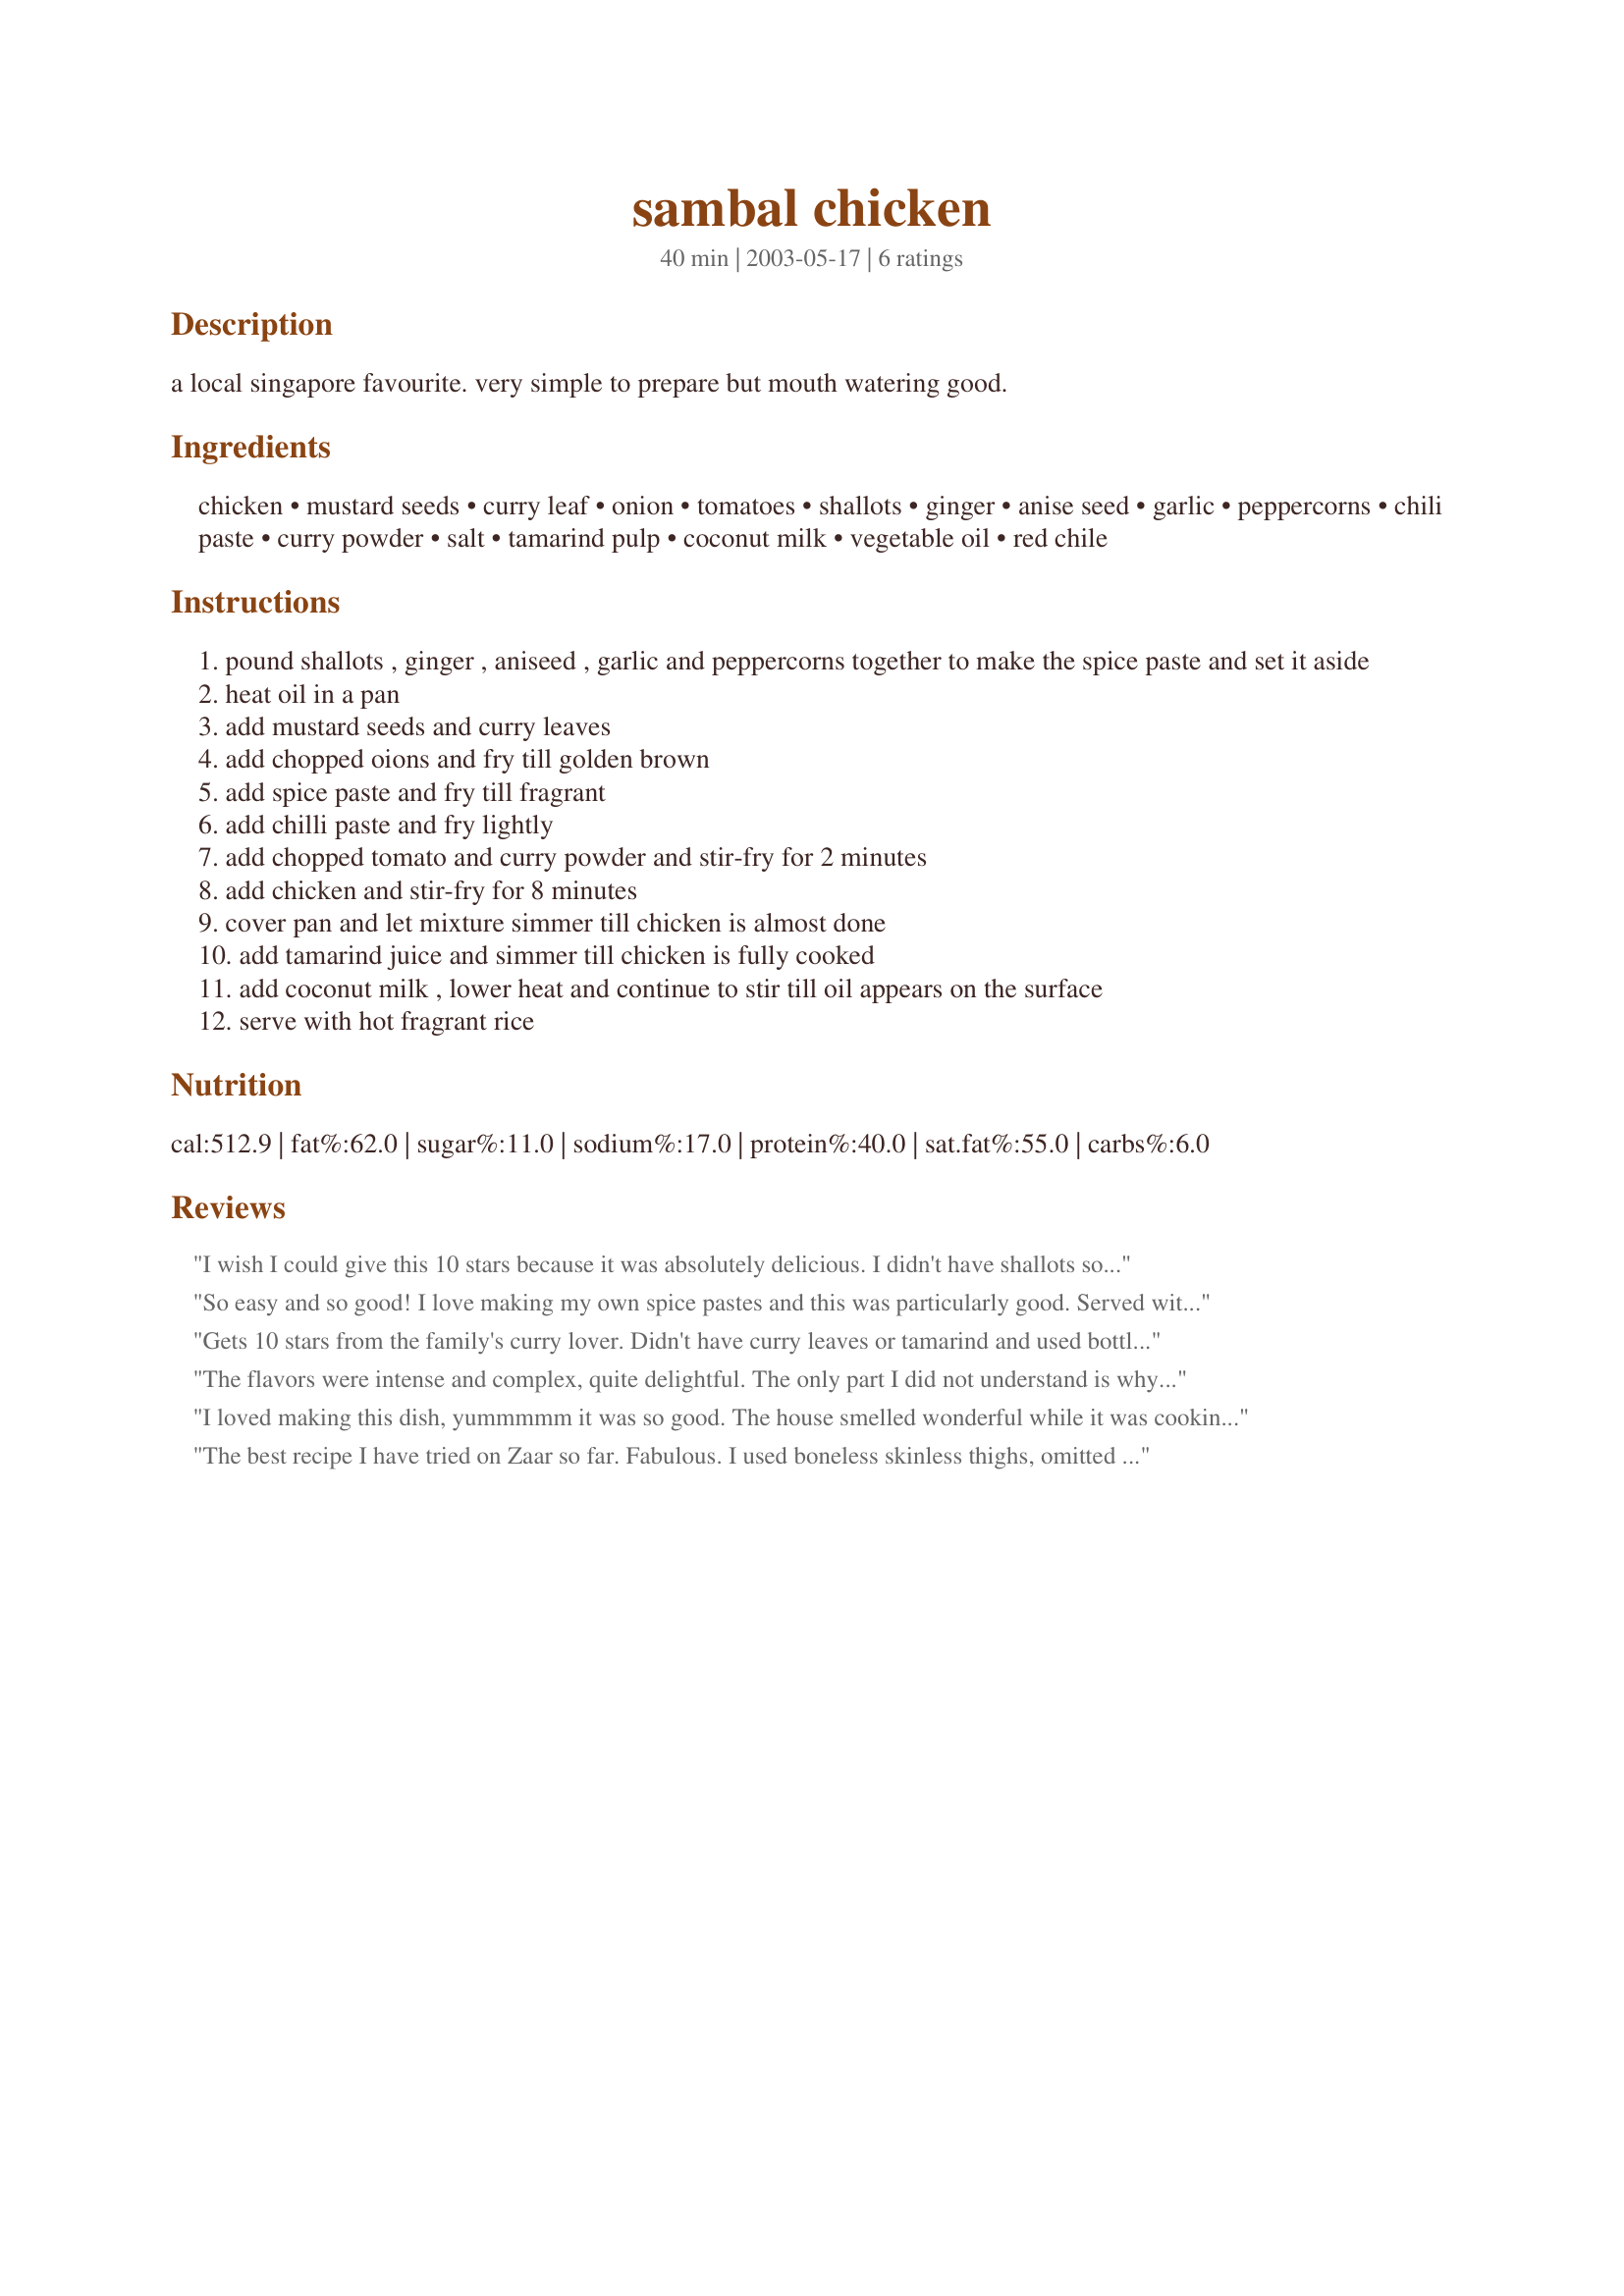
sambal chicken
Preparation time: 40 minutes

a local singapore favourite. very simple to prepare but mouth watering good.

Ingredients:
chicken, mustard seeds, curry leaf, onion, tomatoes, shallots, ginger, anise seed, garlic, peppercorns, chili paste, curry powder, salt, tamarind pulp, coconut milk, vegetable oil, red chile

Steps:
pound shallots , ginger , aniseed , garlic and peppercorns together to make the spice paste and set it aside
heat oil in a pan
add mustard seeds and curry leaves
add chopped oions and fry till golden brown
add spice paste and fry till fragrant
add chilli paste and fry lightly
add chopped tomato and curry powder and stir-fry for 2 minutes
add chicken and stir-fry for 8 minutes
cover pan and let mixture simmer till chicken is almost done
add tamarind juice and simmer till chicken is fully cooked
add coconut milk , lower heat and continue to stir till oil appears on the surface
serve with hot fragrant rice

Reviews:
I wish I could give this 10 stars because it was absolutely delicious. I didn't have shallots so had to leave them out of the spice paste but I don't think this affected the flavour too much. Also didn't use 12 garlic cloves as DH has to see patients tomorrow!!
So easy and so good! I love making my own spice pastes and this was particularly good. Served with roti and rice. The flavour really improved when we had leftovers - I'd highly recommend making a day in advance if you can! Thanks for posting your excellent recipe!
Gets 10 stars from the family's curry lover. Didn't have curry leaves or tamarind and used bottled chile paste. It all worked anyway. Made it with chicken breast and served it with jasmine rice. Thanks, KitchenManiac.
The flavors were intense and complex, quite delightful. The only part I did not understand is why it called for so much oil. I don't think it was necessary; perhaps that is an authentic preparation. My husband was not overly enthused, so if you have an unadventursome eater, you might not want to try this.
I loved making this dish, yummmmm it was so good. The house smelled wonderful while it was cooking. My 12 year old DS has decided that this is now his favourite curry - and he is such a curry-lover.I bought the tamarind and aniseed especially for the recipe as they were the only two ingredients I didn't already have. I'm glad I now have them on hand for the next time I make this.
I made the recipe exactly as written and will definitely make it often. I served it with hot jasmine rice and pappadams. Thanks KitchenManiac.
The best recipe I have tried on Zaar so far. Fabulous.
I used boneless skinless thighs, omitted the curry leaves (couldn't find them), and used 2TBL Sambal Oeleck for the 1 TBL chile paste.
It looks a bit more complicated than it really is. Once you make the paste, it is all downhill.
The dish has many elements of thai food, but is far more complex. At first I could not decide whether or not to make it because I was having difficulty tasting the finished dish in my mind - there are lots of flavor combos going on here.
The cooking goes very quickly. I found that I also loved the taste of the sauce before adding either the tamarind or the coconut milk.

Kitchenmaniac- more like this please
